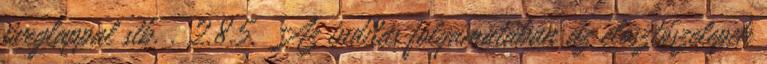
üveglappal stb. . 2.8.5. Az indítás folyamatában az elosztószelepek